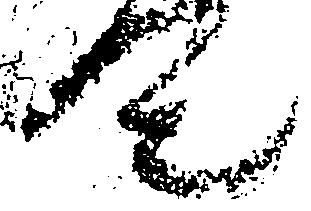
令